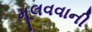
મૂલવવાની